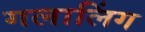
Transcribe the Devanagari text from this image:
गलालिंग